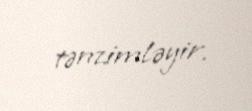
tənzimləyir.